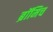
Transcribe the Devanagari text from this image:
ब्रॉमिच